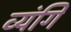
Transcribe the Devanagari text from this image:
व्यंगि